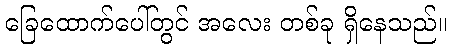
ခြေထောက်ပေါ်တွင် အလေး တစ်ခု ရှိနေသည်။